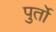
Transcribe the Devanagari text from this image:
पुर्तो